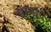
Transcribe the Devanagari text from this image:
अर्नशा